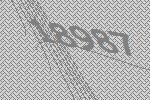
18987